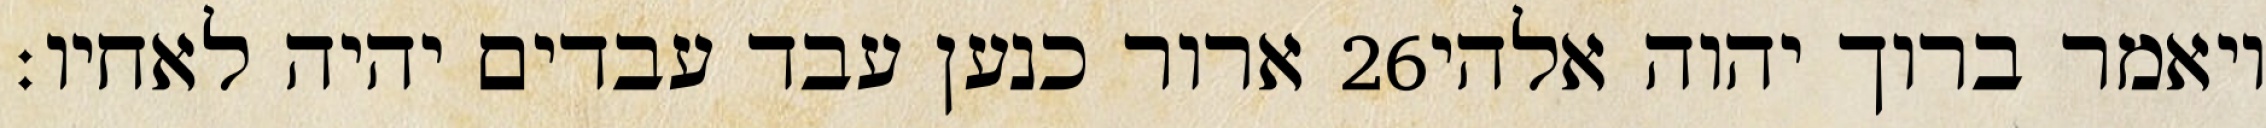
ארור כנען עבד עבדים יהיה לאחיו׃ ‎26‏ ויאמר ברוך יהוה אלהי